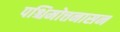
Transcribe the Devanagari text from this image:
पश्चिमोत्तनासन